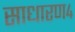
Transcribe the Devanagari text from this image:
साधारण४